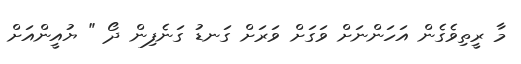
މާ ރީތިވެގެން އަހަންނަށް ވަގަށް ވަރަށް ގަނޑު ގަނެފިން ދޯ " ޔުއީންއަށް